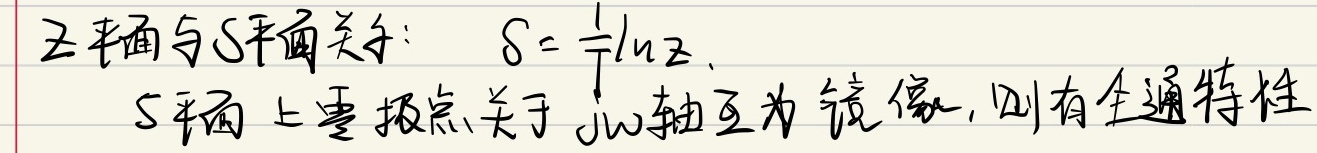
\(Z\)平面与\(S\)平面关系：\(s = \frac{1}{T}\ln z\)。\(S\)平面上零极点关于\(j\omega\)轴互为镜像，则有全通特性。